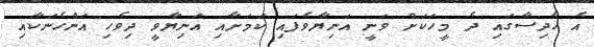
އެ ހާދިސާގައި ދެ މީހަކަށް ވަނީ އަނިޔާވެފައި ކަމަށާއި އަނިޔާވީ ދިވެހި އަންހެނަކާއި